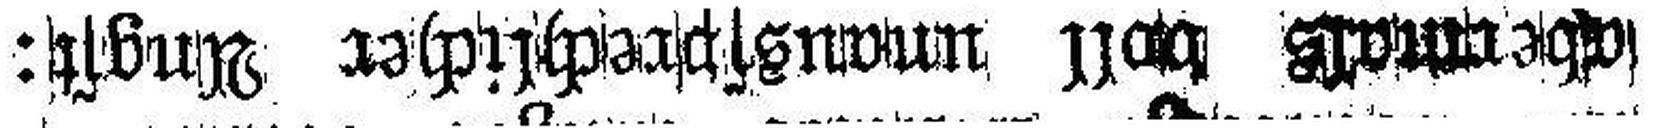
abermals voll unaussprechlicher Angst: